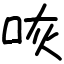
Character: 咴